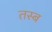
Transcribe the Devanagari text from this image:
तस्ब